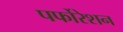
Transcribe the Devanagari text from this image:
पर्फोरेशन